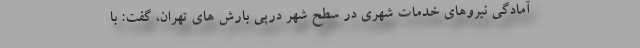
آمادگی نیروهای خدمات شهری در سطح شهر درپی بارش های تهران، گفت: با